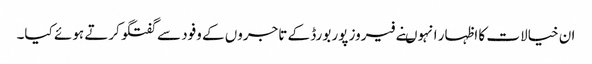
ان خیالات کا اظہار انہوںنے فیروز پور بورڈ کے تاجروں کے وفود سے گفتگو کرتے ہوئے کیا۔